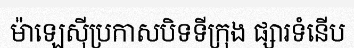
ម៉ាឡេស៊ីប្រកាសបិទទីក្រុង ផ្សារទំនើប